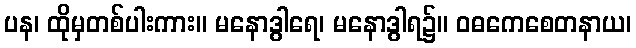
ပန၊ ထိုမှတစ်ပါးကား။ မနောဒွါရေ၊ မနောဒွါရ၌။ ဝဓကေစေတနာယ၊